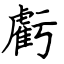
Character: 虧